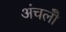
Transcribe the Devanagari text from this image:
अंचलोँ